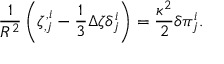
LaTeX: { \frac { 1 } { R ^ { 2 } } } \left( \zeta _ { , j } ^ { , i } - { \frac { 1 } { 3 } } \Delta \zeta \delta _ { j } ^ { i } \right) = { \frac { \kappa ^ { 2 } } { 2 } } \delta \pi _ { j } ^ { i } .